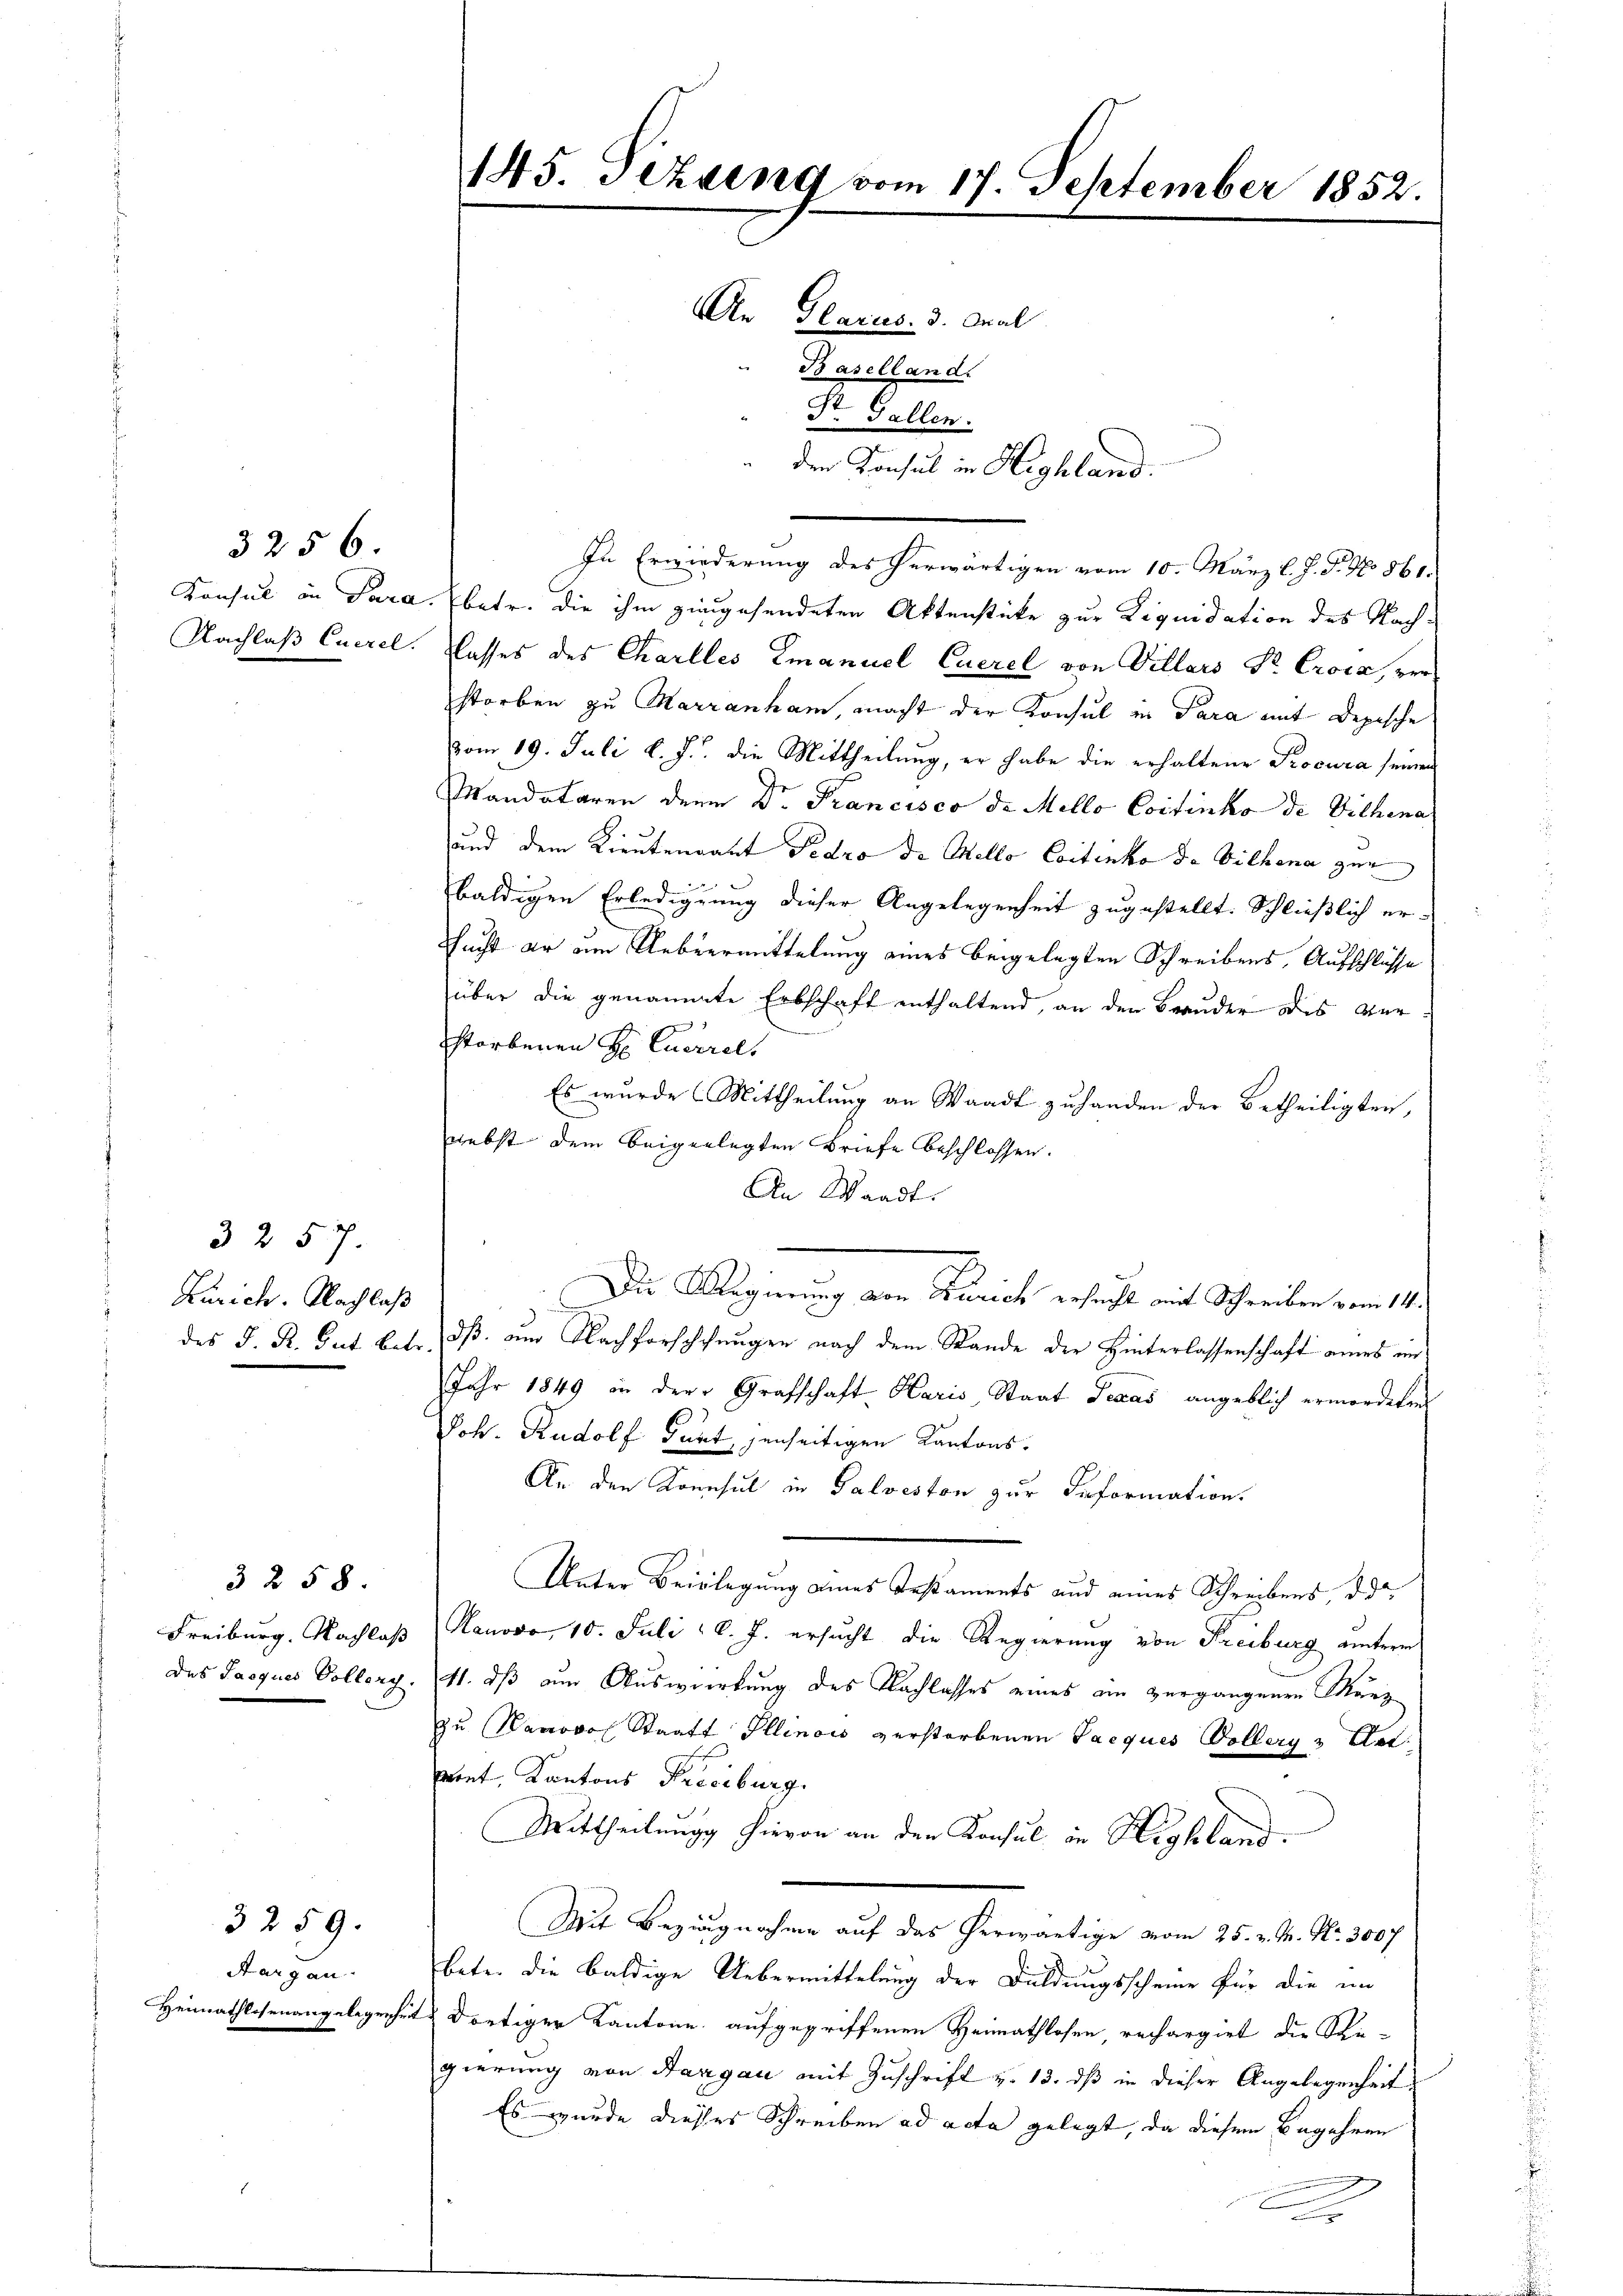
3256.
Nachlaß Euerel.

3 257.
Zürich. Nachlaß
des J. R. Gut betr.

32 58.
Freiburg. Nachlaß
Des Jacques Vollerg.

3259.

Aargau.
Heimathlosenangelegenheit

145. Sizung vom 17. September 1852.
An Glarus. 3. Mal
Baselland.
St. Gallen.
 den Konsul in Highland.

In Erwiederung des herwärtigen vom 10. März l. J. J. No. 861.
Konsul in Para. Ebetr. die ihm zingesendeten Aktenstücke zur Liquidation des Nachlasses des Charlles Emanuel Caerel von Villars Dr. Croca, verstorben zu Marranham, macht der Konsul in Para mit Depische
vom 19. Juli l. J. die Mittheilung, er habe die erhaltene Procura seinen
Mandataren denn Dr. Francisco de Mello Continto de Vithena
und dem Lieutendant Pedro de Mello Coitenka da Villena ger
baldigen Erledigung dieser Angelegenheit zugestellt. Schließlich er-
Sucht er am Uebermittelung eines beigelegten Schreibens, Aufschlüsse
über die genamte Erbschaft enthaltend, an den Brauder des Verstorbenen H. Euerel
Es wurde Mittheilung an Waadt zu handen der Betheiligten,
nebst dem beigerlegten Briefe beschlossen.
An Waadt.
Die Signung von Zürich ersucht mit Schreiben vom 14.
dß um Nachforschungen nach dem Stande der Hinterlassenschaft eines in
Jahr 1849 in der Grafschaft Haris, Staat Texas angeblich ermordeten
Joh. Rudolf Gurt, jenseitigen Kantons¬
An den Konsul in Palveston zur Information.
Unter Beislegung eines Anstaments und eines Schreibens, da
Hanovo 10. Juli l. J. ersucht die Regierung von Freiburg unterm
11. dß am Auswirkung des Nachlasses eines ein vergangenen Manz
zu Nanowo Staat Illinois verstorbenen Tacques Vollerg & Stel
wiet, Kantons Preciburg.
Mittheilung hievon an den Konsul in Highland.
Mit Bezugnahme auf das herwärtige vom 25. v. M. Nr. 300f
bete die baldige Uebermittelung der Duldungsscheine für die im
dortiger Kantone aufgegriffenen Heimathlosen, rechargiret die Regierung von Aargau mit Zuschrift v. 13. dß in dieser Angelegenheit
Es wurde dieses Schreiben ad acta gelegt, da diesem Begehren
u